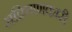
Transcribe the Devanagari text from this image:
सक्रियणकारी